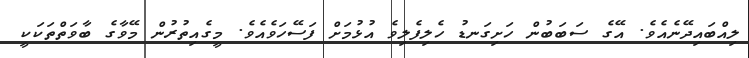
ލިއްބައިދޭނެއެވެ. އޭގެ ސަބަބުން ހަށިގަނޑު ހެލިފެލިވެ އުޅުމަށް ފަސޭހަވެއެވެ. މީގެއިތުރުން މޭވާގެ ބާވަތްތަކަކީ